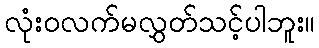
လုံးဝလက်မလွှတ်သင့်ပါဘူး။